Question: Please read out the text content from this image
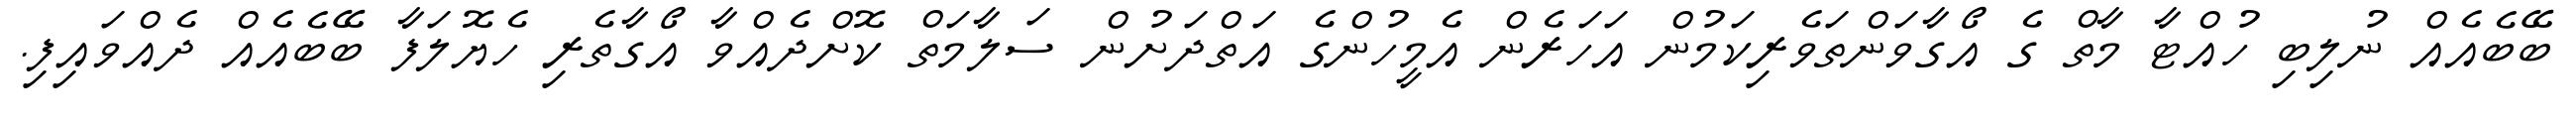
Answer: ބޭބެއެއް ނުލިބި ހުއްޓާ މާތް ގެ އޯގާވަންތަވެރިކަމުން އަހަރެން އެމީހުންގެ އަތްދަށުން ސަލާމަތް ކޮށްދެއްވާ އޯގާތެރި ހެޔޮލަފާ ބޭބެއެއް ދެއްވައިފި.